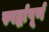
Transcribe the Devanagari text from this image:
स्पर्द्धापूर्ण